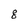
Character: 8